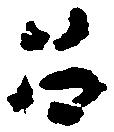
召